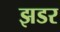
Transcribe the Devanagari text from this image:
झडर